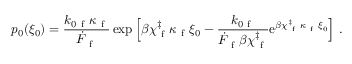
p _ { 0 } ( \xi _ { 0 } ) = \frac { k _ { 0 \mathrm { ~ f ~ } } \kappa _ { \mathrm { ~ f ~ } } } { \dot { F } _ { \mathrm { ~ f ~ } } } \exp { \Big [ \beta \chi _ { \mathrm { ~ f ~ } } ^ { \ddag } \kappa _ { \mathrm { ~ f ~ } } \xi _ { 0 } - \frac { k _ { 0 \mathrm { ~ f ~ } } } { \dot { F } _ { \mathrm { ~ f ~ } } \beta \chi _ { \mathrm { ~ f ~ } } ^ { \ddag } } \mathrm { e } ^ { \beta \chi _ { \mathrm { ~ f ~ } } ^ { \ddag } \kappa _ { \mathrm { ~ f ~ } } \xi _ { 0 } } \Big ] } ~ .